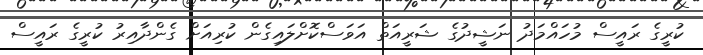
ކުރީގެ ރައީސް މުހައްމަދު ނަޝީދުގެ ޝަރީއަތް އަވަސްކޮށްލައިގެން ކުރިއަށް ގެންދާއިރު ކުރީގެ ރައީސް